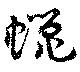
蝋